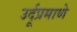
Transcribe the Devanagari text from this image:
उर्दूप्रमाणे